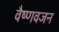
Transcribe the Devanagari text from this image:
वैष्णवजन